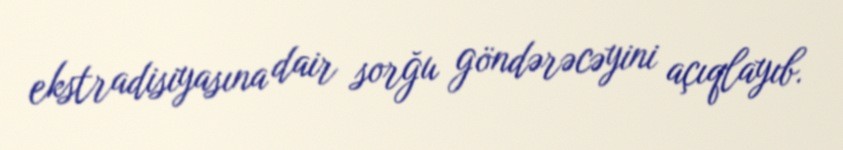
ekstradisiyasına dair sorğu göndərəcəyini açıqlayıb.